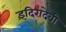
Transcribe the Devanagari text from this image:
इंदिरादेवी